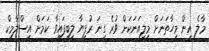
މާލެ އިން މިހާތަނަށް މިލިއަނަކަށް ވުރެ ގިނަ ރުފިޔާ ލިބިފައިވާ ކަމަށް އިސްލާމިކް